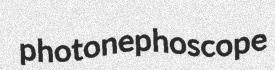
photonephoscope